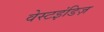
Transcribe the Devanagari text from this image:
वेस्टइंडिज़